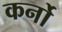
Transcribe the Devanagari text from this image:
कर्नो